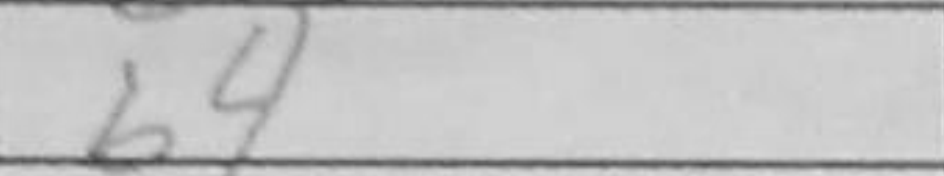
Transcription: b4